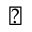
\diagdown